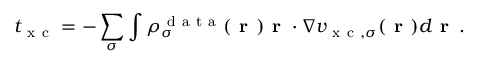
t _ { \mathrm { ~ x ~ c ~ } } = - \sum _ { \sigma } \int \rho _ { \sigma } ^ { \mathrm { ~ d ~ a ~ t ~ a ~ } } ( \boldsymbol { \textbf { r } } ) \boldsymbol { \textbf { r } } \cdot \nabla v _ { \mathrm { ~ x ~ c ~ } , \sigma } ( \boldsymbol { \textbf { r } } ) d \boldsymbol { \textbf { r } } \, .